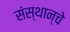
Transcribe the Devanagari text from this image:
संस्थान्चे